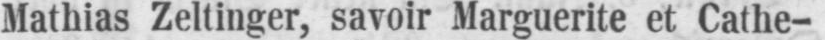
Mathias Zeltinger, savoir Marguerite et Cathe-